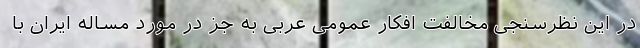
در این نظرسنجی مخالفت افکار عمومی عربی به جز در مورد مساله ایران با